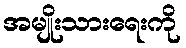
အမျိုးသားရေးကို